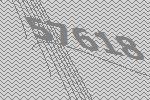
57618